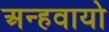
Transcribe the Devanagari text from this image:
अन्‍हवायो